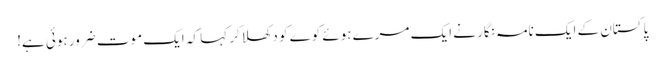
پاکستان کے ایک نامہ نگار نے ایک مرے ہوئے کوے کو دکھلاکر کہا کہ ایک موت ضرور ہوئی ہے!